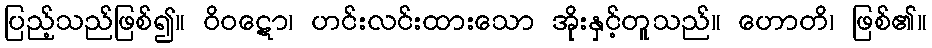
ပြည့်သည်ဖြစ်၍။ ဝိဝဋော၊ ဟင်းလင်းထားသော အိုးနှင့်တူသည်။ ဟောတိ၊ ဖြစ်၏။